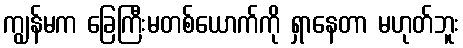
ကျွန်မက ခြေကြီးမတစ်ယောက်ကို ရှာနေတာ မဟုတ်ဘူး